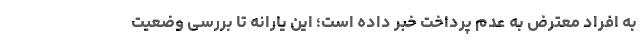
به افراد معترض به عدم پرداخت خبر داده است؛ این یارانه تا بررسی وضعیت